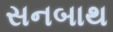
સનબાથ